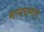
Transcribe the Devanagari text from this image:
मानवमल